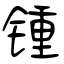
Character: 锺